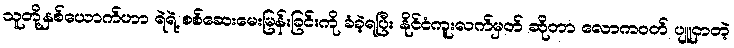
သူတို့နှစ်ယောက်ဟာ ရဲရဲ့ စစ်ဆေးမေးမြန်းခြင်းကို ခံခဲ့ရပြီး နိုင်ငံကူးလက်မှတ် ဆိုတာ လောကဝတ် ပျူငှာတဲ့